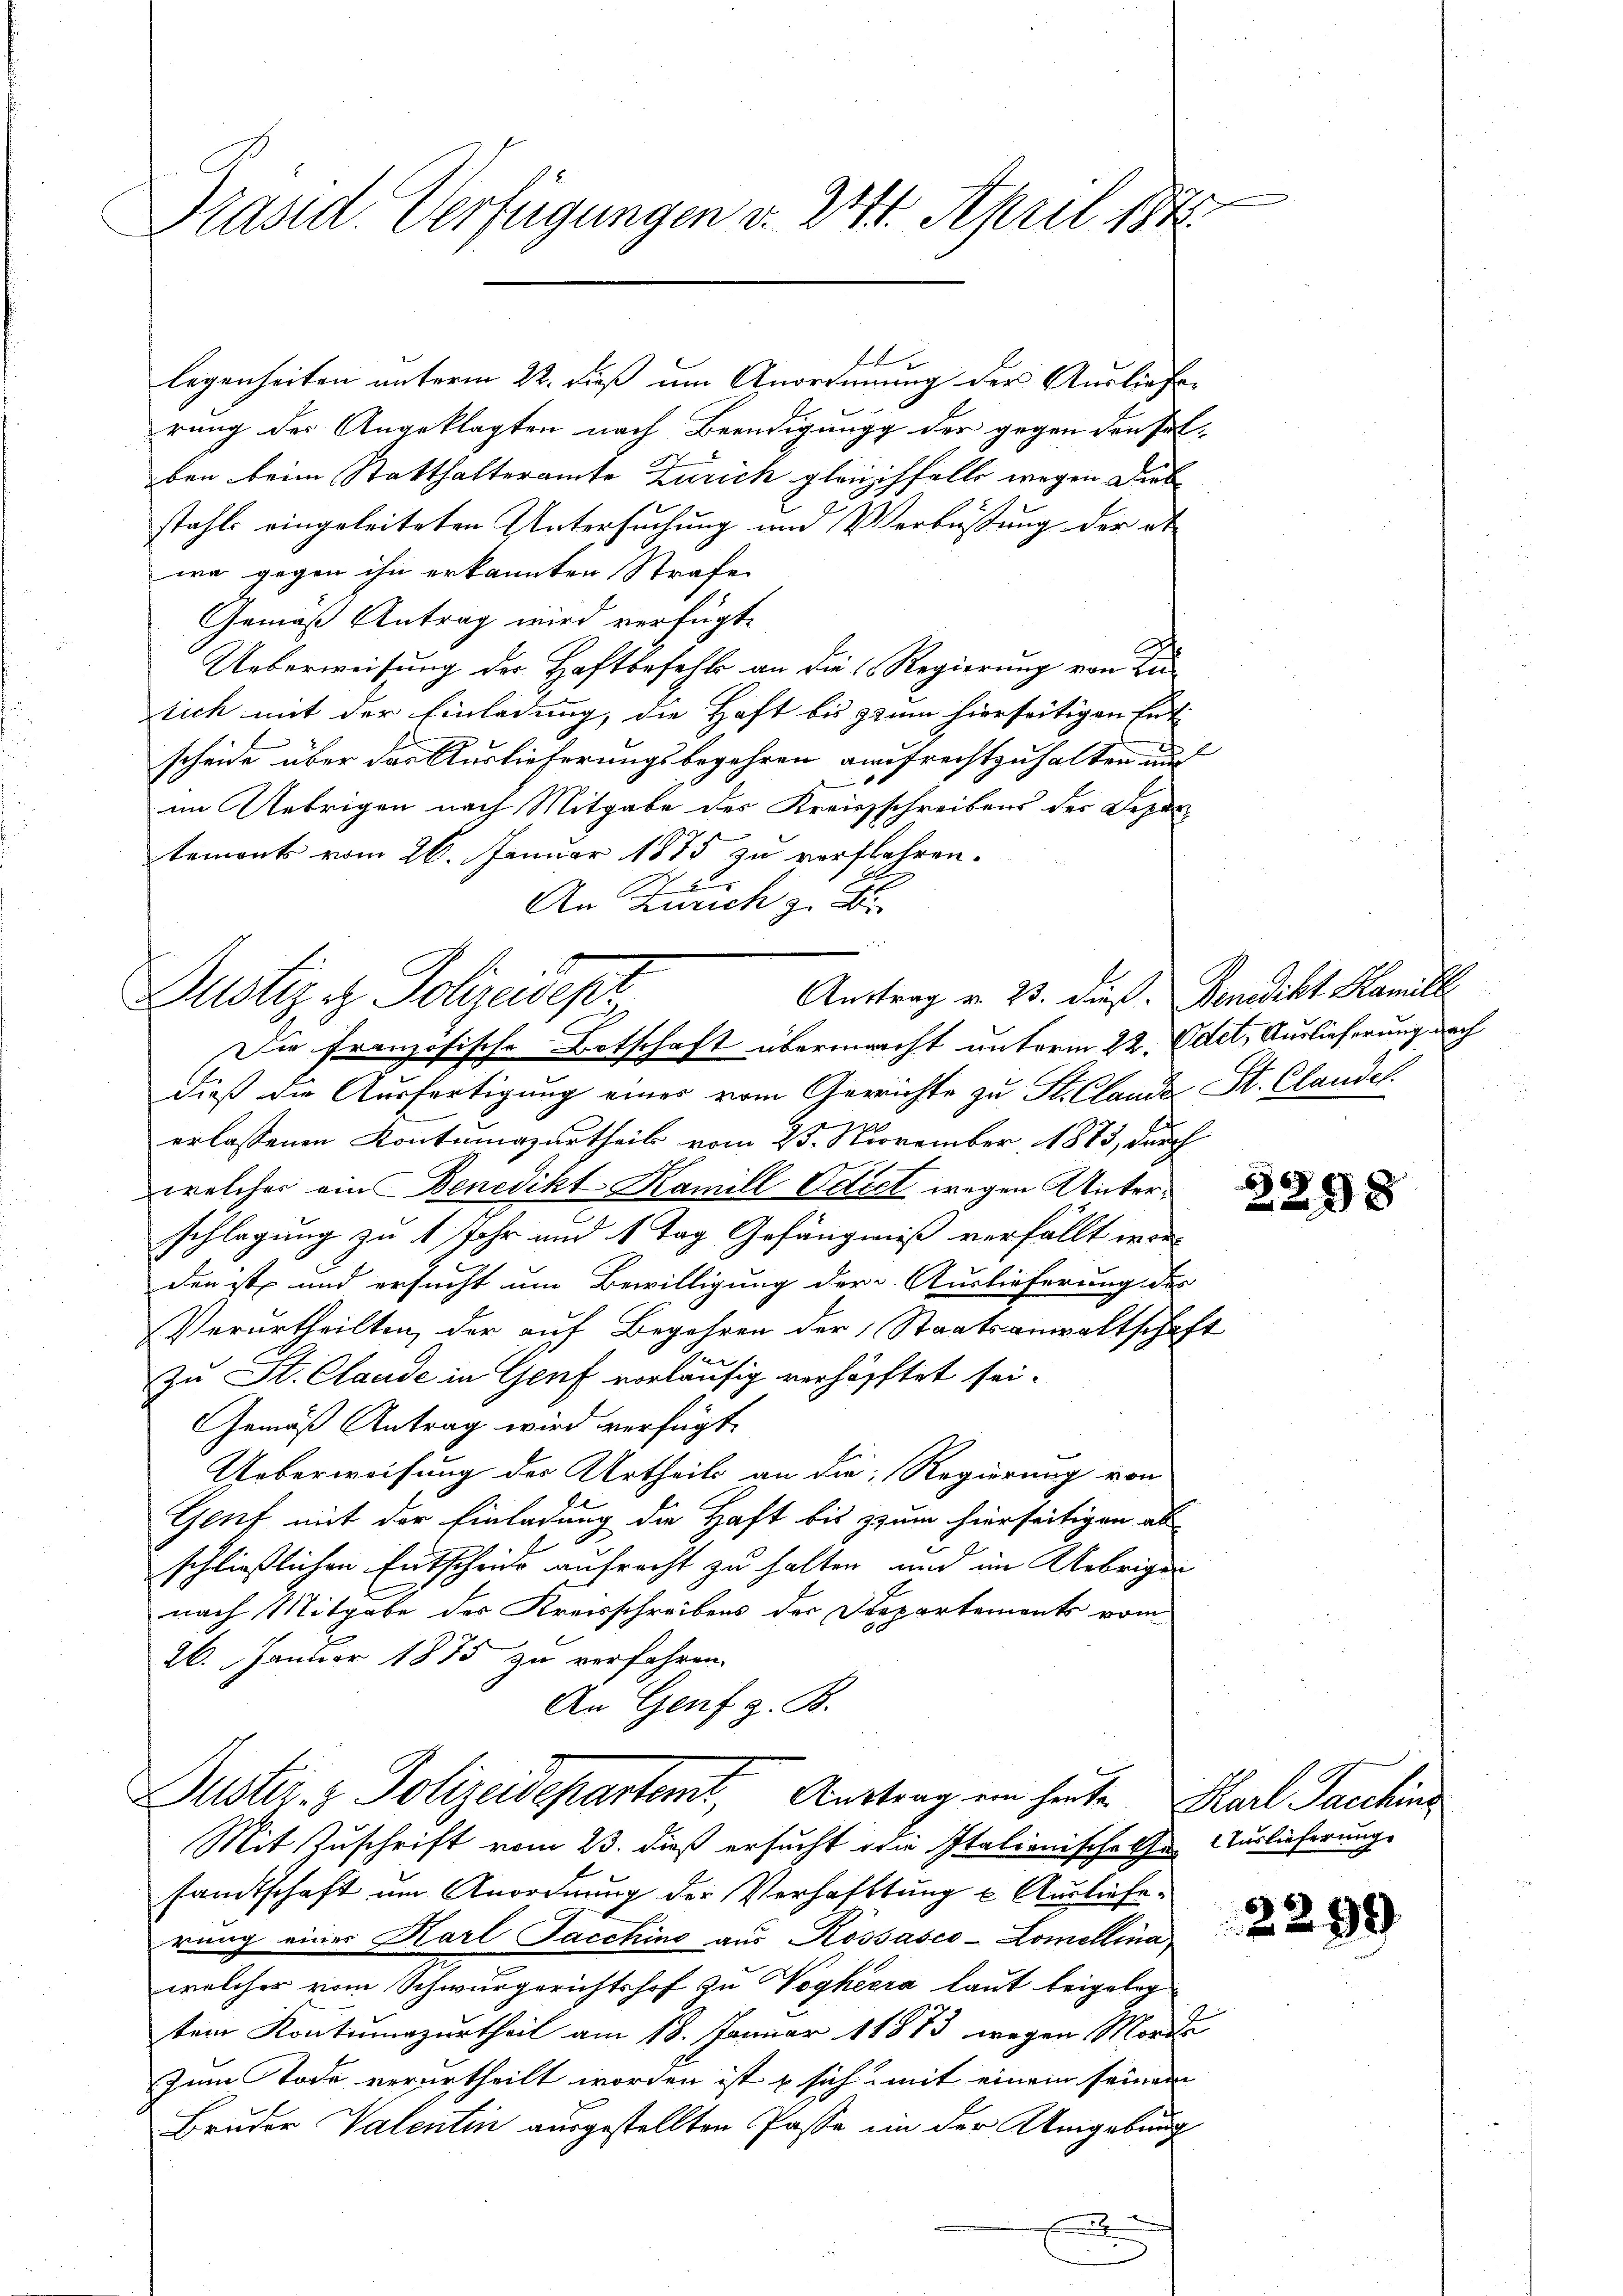
Präsid. Verfügungen v. 241. April 184

legenheiten unterm 22. Fuß um Anordnung der Ausliefe
rung der Angeklagten nach Beendigung der gegen den solben beim Statthalteramte Zürich gleichfalls wegen Dieb
stahls eingeleiteten Untersuchung und Verbüßung der abwa gegen ihn erkannten Strafe
Gemäß Antrag wird verfügt:
Ueberweisung der Haftbefehls an die Regierung von
tich mit der Einladung, die Haft bis zum hierseitigen Ent-
w
scheide über das Auslieferungsbegehren aufrechtzuhalten und
im Uebrigen nach Mitgabe des Kreisschreibens der Departemonts vom 26. Januar 1875 zu verflehren.
7
An Zürich zu
Die Französische Botschaft übermacht unterm 22. Odet. Auslieferung nach
dieß die Ausfertigung einer vom Gerichte zu St. Claude St. Claudel.
erlassenen Kontumazurtheils vom 25. November 1883, durch
welcher ein Benedikt Kamill Odiet wegen Unterschlagung zu 1 Jahr und 1 Tag Gefängniß verfällt wer-
den ist, und ersucht um Bewilligung der Auslieferung des
Verurtheilten, der auf Begehren der Staatsanwaltschaf
zu St. Claude in Genf vorläufig verhöpftet sei.
Gemäß Antrag wird verfügt:
Ueberweisung des Urtheils an die Regierung von
Genf mit der Einladung die Haft bis zum hierseitigen als
8
schließlichen Entscheit aufrecht zu halten, und im Uebrigen
nach Mitgabe des Kreisschreibens der Departements vom
26. Januar 1875 zu verfahren.
An Genf z. B.
Duster- & Polizeidepartemt, Antrag ein heute Karl Sacchin
Mit Zuschrift vom 23. dieß ersucht die Italienischehen Auslieferung
sandtschaft um Anordnung der Verhaftung u. Auslieferung eines Karl Jacchine aus Kossasco-Lomellina
welcher vom Schwurgerichtshof zu Voghiera laut beigeleg
tem Kontumazurtheil am 18. Januar 18873 wegen Morde
Zum Tode verurtheilt worden ist & sich mit einem seinem
Bruder Valentin ausgestellten Pässe in der Umgebung
f

fr

e
Justiz iz. Polizeidepr

Auftrag v. 23. dieß. Benedikt Kamill

2

6
298

2299